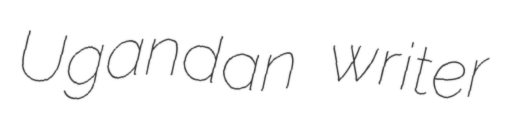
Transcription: Ugandan writer